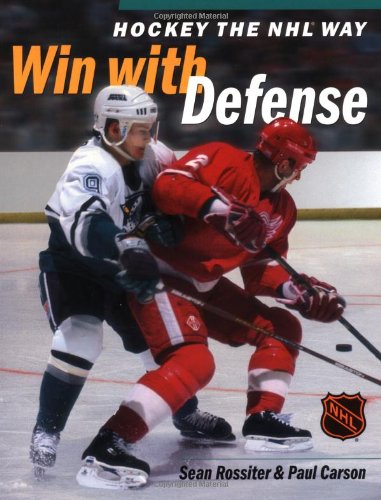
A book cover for Hockey The NHL Way: Win With Defense; Sean Rossiter; Children's Books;